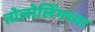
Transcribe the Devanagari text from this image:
तोलोलिंगच्या